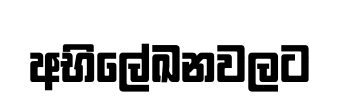
අභිලේඛනවලට